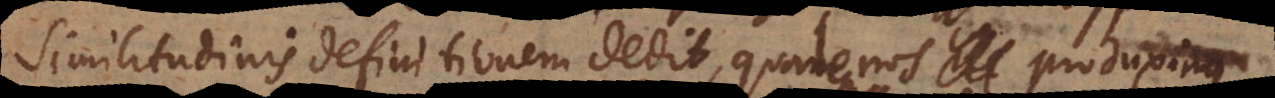
similitudinis definitionem dedit, qualem nos produximus